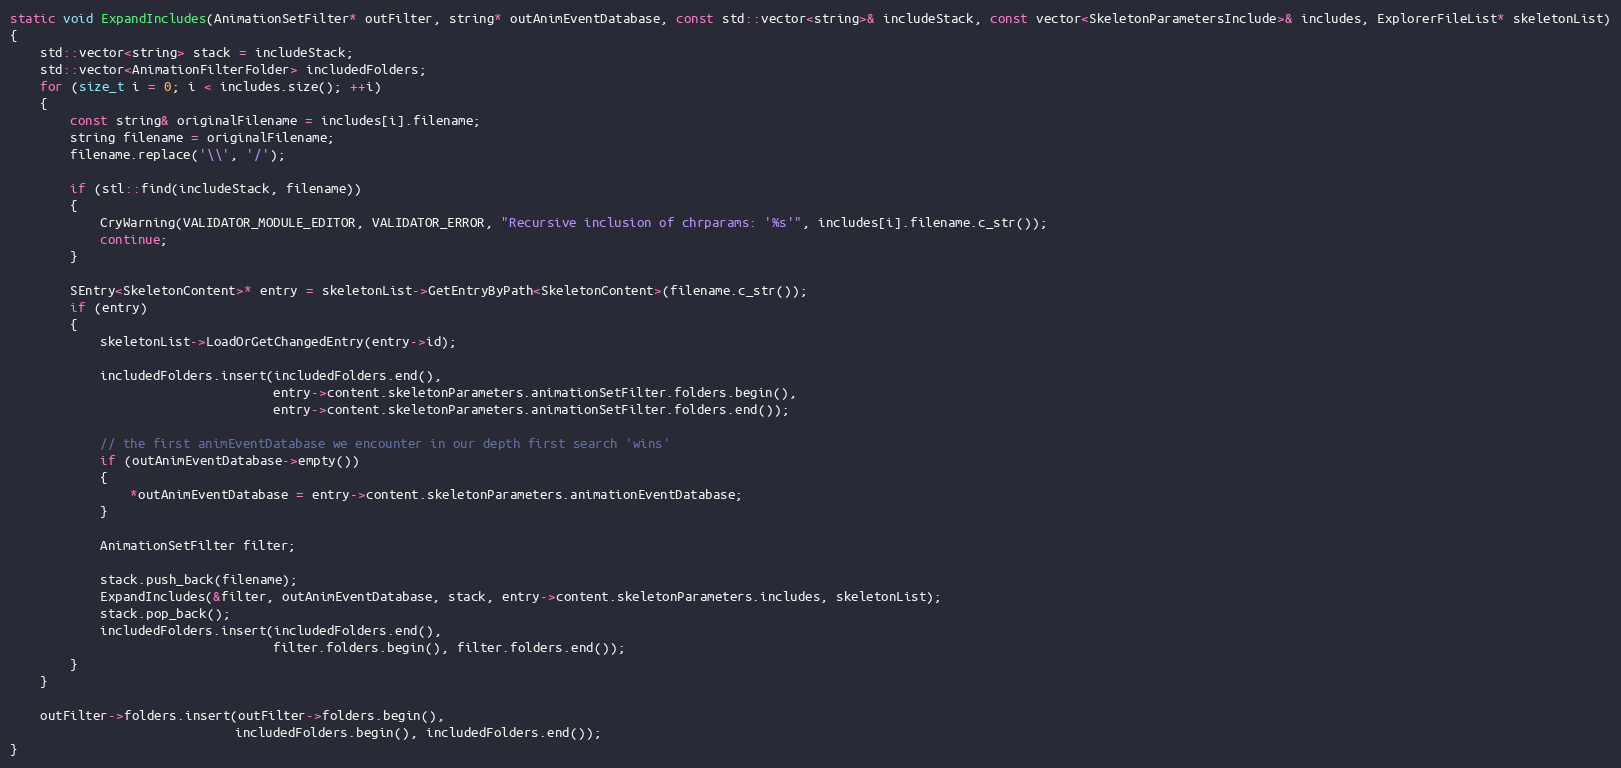
Language: C++
static void ExpandIncludes(AnimationSetFilter* outFilter, string* outAnimEventDatabase, const std::vector<string>& includeStack, const vector<SkeletonParametersInclude>& includes, ExplorerFileList* skeletonList)
{
	std::vector<string> stack = includeStack;
	std::vector<AnimationFilterFolder> includedFolders;
	for (size_t i = 0; i < includes.size(); ++i)
	{
		const string& originalFilename = includes[i].filename;
		string filename = originalFilename;
		filename.replace('\\', '/');

		if (stl::find(includeStack, filename))
		{
			CryWarning(VALIDATOR_MODULE_EDITOR, VALIDATOR_ERROR, "Recursive inclusion of chrparams: '%s'", includes[i].filename.c_str());
			continue;
		}

		SEntry<SkeletonContent>* entry = skeletonList->GetEntryByPath<SkeletonContent>(filename.c_str());
		if (entry)
		{
			skeletonList->LoadOrGetChangedEntry(entry->id);

			includedFolders.insert(includedFolders.end(),
			                       entry->content.skeletonParameters.animationSetFilter.folders.begin(),
			                       entry->content.skeletonParameters.animationSetFilter.folders.end());

			// the first animEventDatabase we encounter in our depth first search 'wins'
			if (outAnimEventDatabase->empty())
			{
				*outAnimEventDatabase = entry->content.skeletonParameters.animationEventDatabase;
			}

			AnimationSetFilter filter;

			stack.push_back(filename);
			ExpandIncludes(&filter, outAnimEventDatabase, stack, entry->content.skeletonParameters.includes, skeletonList);
			stack.pop_back();
			includedFolders.insert(includedFolders.end(),
			                       filter.folders.begin(), filter.folders.end());
		}
	}

	outFilter->folders.insert(outFilter->folders.begin(),
	                          includedFolders.begin(), includedFolders.end());
}